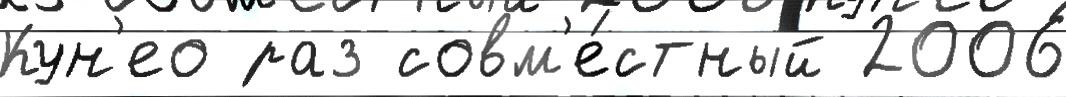
Кун'ео раз совм'е́стный 2006